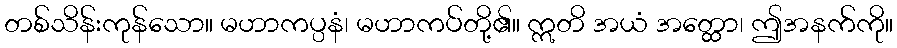
တစ်သိန်းကုန်သော။ မဟာကပ္ပနံ၊ မဟာကပ်တို့၏။ ဣတိ အယံ အတ္ထော၊ ဤအနက်ကို။